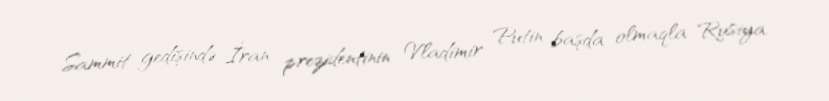
Sammit gedişində İran prezidentinin Vladimir Putin başda olmaqla Rusiya